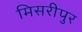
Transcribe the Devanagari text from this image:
मिसरीपुर